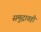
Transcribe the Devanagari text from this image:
समुद्रातही